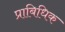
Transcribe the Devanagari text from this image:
प्राबिधिक